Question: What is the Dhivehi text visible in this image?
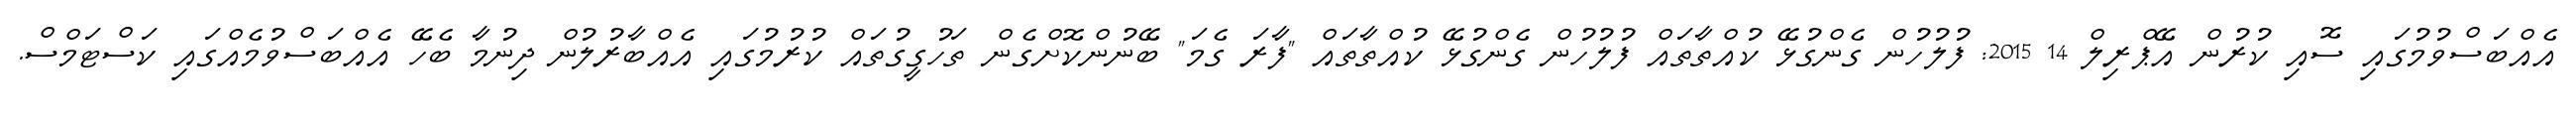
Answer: އެއްބަސްވުމުގައި ސޮއި ކުރުން އޭޕްރިލް 14 2015: ފުލުހުން ގެންގުޅޭ ކުއްތާތައް ފުލުހުން ގެންގުޅޭ ކުއްތާތައް "ފާރަ ގެމަ" ބޭނުންކޮށްގެން ތަހުގީގުތައް ކުރުމުގައި އެއްބާރުލުން ދިނުމާ ބެހޭ އެއްބަސްވުމެއްގައި ކަސްޓަމްސް.